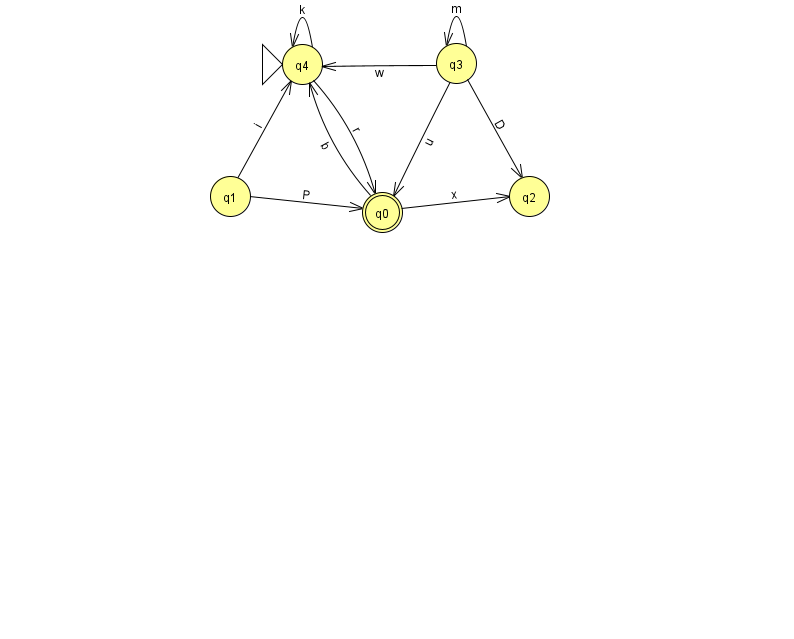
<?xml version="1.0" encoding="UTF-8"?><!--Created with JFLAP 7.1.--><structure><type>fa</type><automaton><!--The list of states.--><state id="0" name="q0"><x>382.0</x><y>199.0</y><final/></state><state id="1" name="q1"><x>230.0</x><y>183.0</y></state><state id="2" name="q2"><x>529.0</x><y>183.0</y></state><state id="3" name="q3"><x>456.0</x><y>50.0</y></state><state id="4" name="q4"><x>302.0</x><y>51.0</y><initial/></state><!--The list of transitions.--><transition><from>0</from><to>4</to><read>b</read></transition><transition><from>4</from><to>0</to><read>r</read></transition><transition><from>1</from><to>0</to><read>P</read></transition><transition><from>0</from><to>2</to><read>x</read></transition><transition><from>3</from><to>4</to><read>w</read></transition><transition><from>3</from><to>0</to><read>u</read></transition><transition><from>3</from><to>2</to><read>D</read></transition><transition><from>4</from><to>4</to><read>k</read></transition><transition><from>1</from><to>4</to><read>i</read></transition><transition><from>3</from><to>3</to><read>m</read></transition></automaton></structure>